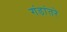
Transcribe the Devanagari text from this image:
गंडांतरे